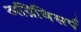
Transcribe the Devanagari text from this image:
अग्निविसर्प